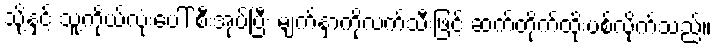
သို့နှင့် သူ့ကိုယ်လုံးပေါ် စီးအုပ်ပြီး မျက်နှာကိုလက်သီးဖြင့် ဆက်တိုက်ထိုးပစ်လိုက်သည်။